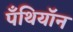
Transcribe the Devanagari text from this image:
पँथियॉन